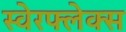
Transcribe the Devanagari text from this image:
स्वेरफ्लेक्स